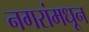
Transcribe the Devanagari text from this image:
नगरांमधून